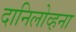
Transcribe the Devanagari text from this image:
दानिलोव्हना